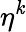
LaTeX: \eta^{\mathit{k}}